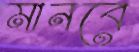
মানবে